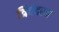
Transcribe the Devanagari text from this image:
त्रिवंदरम